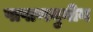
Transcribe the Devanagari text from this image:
पाषाणयुगीय